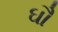
ઘૌ